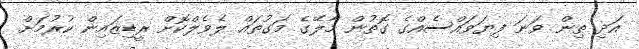
އަދި ތިން ވަނަ ފިޔަވައްސެއްގެ ގޮތުން މާލޭގެ މަގުތައް ލެވެލްކޮށް ރީޑިޒައިން ކުރުމަށް